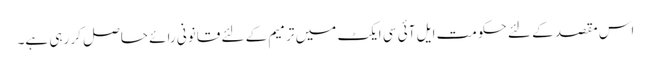
اس مقصد کے لئے حکومت ایل آئی سی ایکٹ میں ترمیم کے لئے قانونی رائے حاصل کر رہی ہے۔